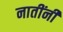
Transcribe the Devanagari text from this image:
नातींनी